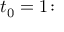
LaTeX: t _ { 0 } = 1 \colon